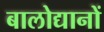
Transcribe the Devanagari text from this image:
बालोद्यानों